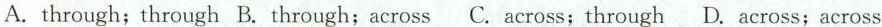
A.through;through B. through;across C.across;through D. across;across